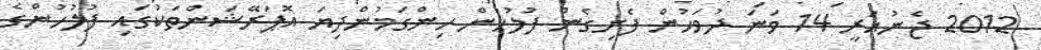
2012 ޖެނުއަރީ 14 ވަނަ ދުވަހުން ފެށިގެން ފުލުހުން ހިންގަމުންދިޔަ އޮޕަރޭޝަންތަކުގައި ފުލުހުންގެ